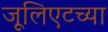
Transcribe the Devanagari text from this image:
जूलिएटच्या